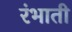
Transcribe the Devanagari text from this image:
रंभाती